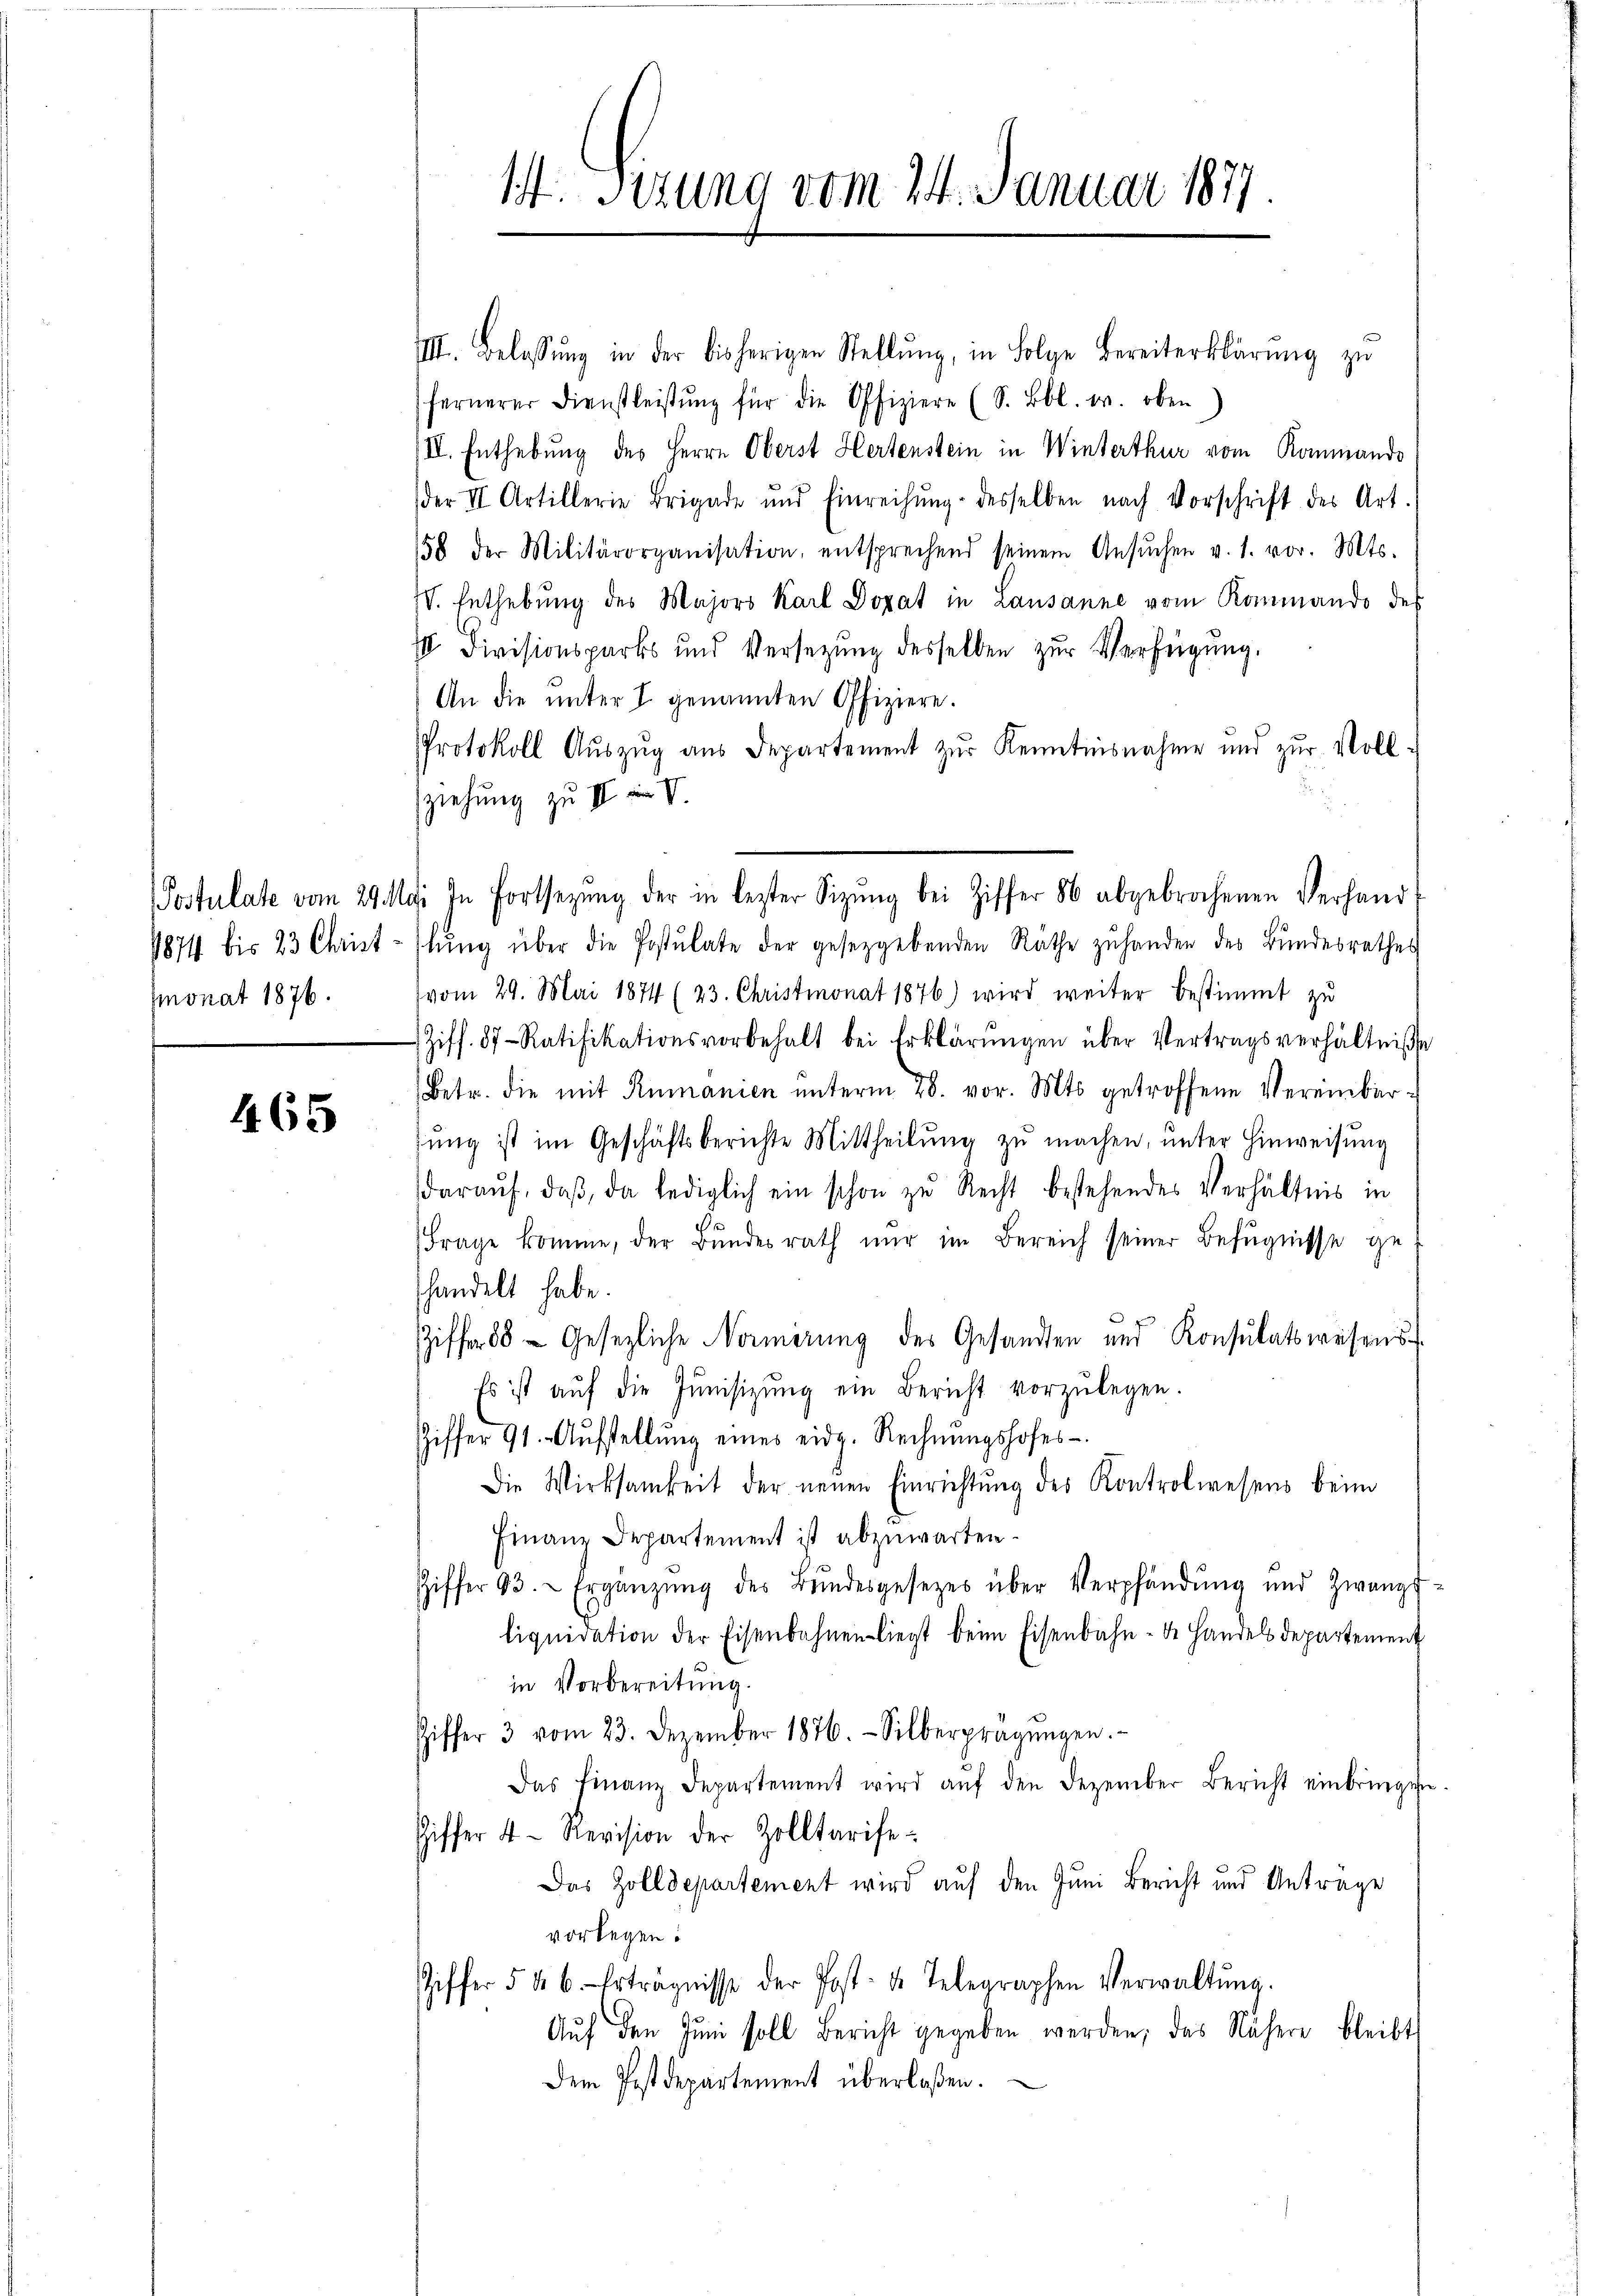
monat 1876.

465

IIII. Belassŭng in der bisherigen Stellŭng, in Folge Bereiterklärŭng zu
fernerer Dienstleistŭng für die Offiziere (S. Bbl. w. oben
III. Enthebung des Herrn Oberst Hertenstein in Winterthur vom Kommando
der II Artillerie Brigade und Einreichŭng desselben nach Vorschrift des Art.
58 der Militärorganisation, entsprechend seinem Ansŭchen v. 1. vor. Mts.
IV. Enthebung des Majors Karl Dopat in Lausanne vom Kommando des
 Divisionsparts und Versetzŭng desselben zŭr Verfügŭng.
An die unter I genannten Offiziere.
Protokoll Aŭszŭg aŭs Departement zŭr Kenntnisnahme und zŭr Voll-
ziehung zu II in V
1874 bis 23 Christ-flŭng über die Postulate der gesetzgebenden Räthe zŭ handen des Bŭndesrathes
vom 29. Mai 1874 (23. Christmonat 1876) wird weiter bestimmt zu
Ziff. 87 Ratifikationsvorbehalt bei Erklärŭngen über Vertragsverhältniße
(Betr. die mit Rumanien unterm 28. vor. Mts getroffene Vereinbarhŭng ist im Geschäftsberichte Mittheilŭng zŭ machen, ŭnter Hinweisŭng
daraŭf, daβ, da lediglich ein schon zu Recht bestehendes Verhältnis in
Frage komme, der Bŭndesrath nŭr im Bereich seiner Befugnisse ge
handelt habe.
Ziffer 88 - Gesezliche Normirung des Gesandten und Konsulatswesens
Es ist aŭf die Junisizŭng ein Bericht vorzŭlegen.
Ziffer 91. Aŭfstellŭng eines eidg. Rechnŭngshofes
Die Wirksamkeit der neuen Einrichtŭng des Kontrolwesens beim
Finanz Departement ist abzuwarten.
Ziffer 93. Ergänzŭng des Bŭndesgesezes über Verpfändŭng und Zwangs
liquidation der Eisenbahnen liegt beim Eisenbahn - de Handelsdepartement
in Vorbereitung.
Ziffer 3 vom 23. Dezember 1876. Silberprägŭngen.
Das Finanzdepartement wird aŭf den Dezember Bericht einbringen
Ziffer 4. Revision der Zolltarife
Das Zolldepartement wird auf den Juni Bericht und Antrage
vorlegen:
Ziffer 5 & 6. Erträgnisse der Post- u. Telegraphen Verwaltŭng.
Auf den Juni soll Bericht gegeben werden, das Nähere bleibt
Dem Postdepartement überlaßen.

14. Sizung vom 24. Januar 187

Postulate vom 29. Mai In Fortsetzŭng der in lezter Sitzŭng bei Ziffer 86 abgebrochenen Verhand-